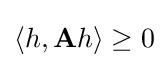
{\textstyle \langle h,\mathbf {A} h\rangle \geq 0}